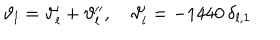
LaTeX: \vartheta _ { l } = \vartheta _ { l } ^ { \prime } + \vartheta _ { l } ^ { \prime \prime } , \quad \vartheta _ { l } ^ { \prime } = - 1 4 4 0 \, \delta _ { l , 1 }